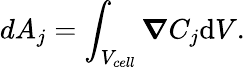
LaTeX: dA_{j}=\int_{V_{cell}}\boldsymbol{\nabla}C_{j}\mathrm{d}V.